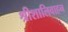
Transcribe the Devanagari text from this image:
श्रीशालिवाहन